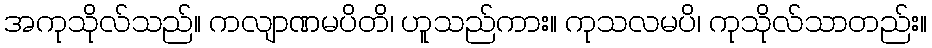
အကုသိုလ်သည်။ ကလျာဏမပိတိ၊ ဟူသည်ကား။ ကုသလမပိ၊ ကုသိုလ်သာတည်း။